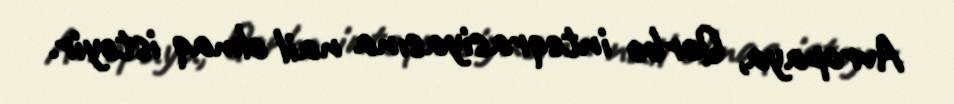
Avropaya, Qərbə inteqrasiyasına nail olmaq istəyir.